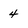
Character: 4